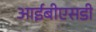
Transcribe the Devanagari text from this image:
आईबीएसडी